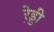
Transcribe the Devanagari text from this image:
रे़ड्डी